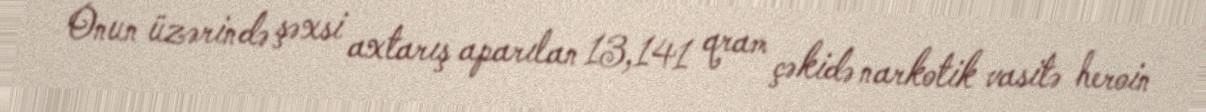
Onun üzərində şəxsi axtarış aparılan 13,141 qram çəkidə narkotik vasitə heroin